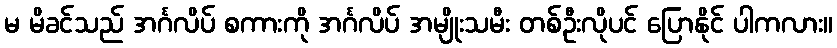
မ မိခင်သည် အင်္ဂလိပ် စကားကို အင်္ဂလိပ် အမျိုးသမီး တစ်ဦးလိုပင် ပြောနိုင် ပါကလား။